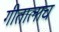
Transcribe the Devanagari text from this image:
गीतालाच